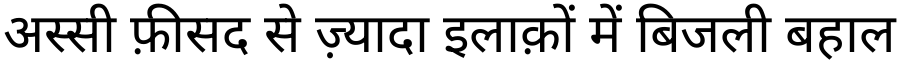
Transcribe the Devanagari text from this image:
अस्सी फ़ीसद से ज़्यादा इलाक़ों में बिजली बहाल